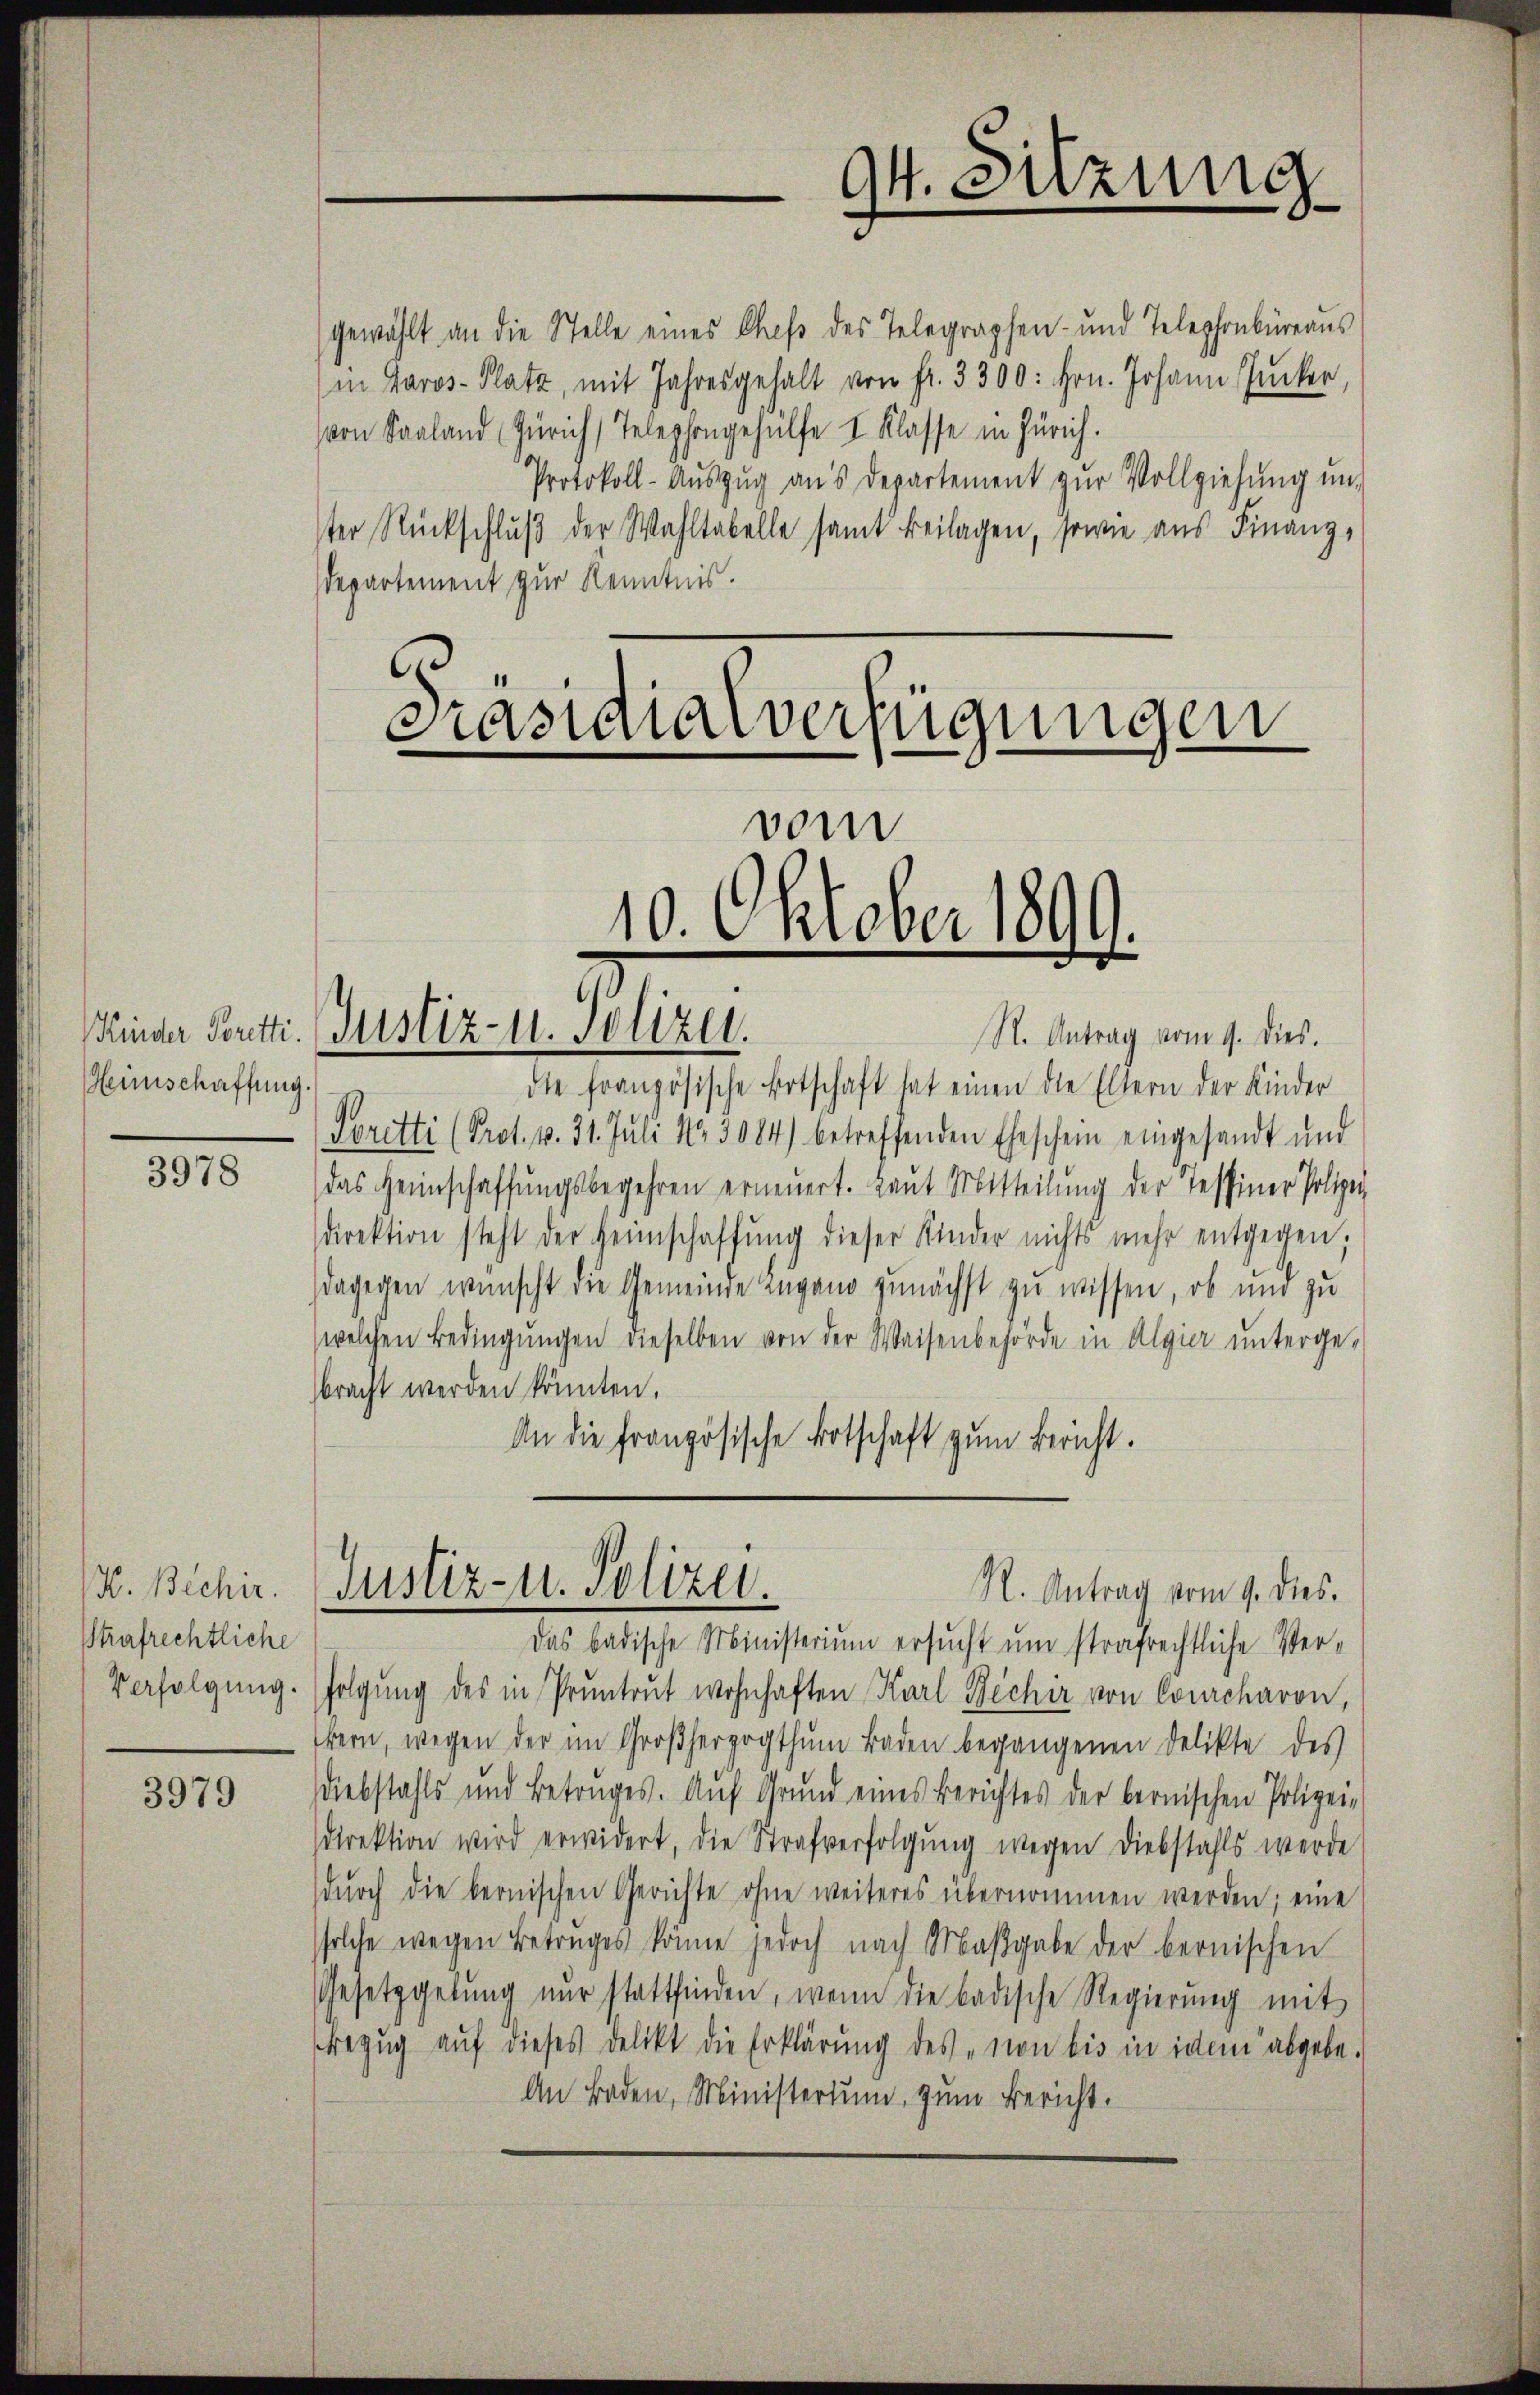
Heinschaffung.

3978

H. Bechir
Strafrechtliche
Verfolgung

3979

departement zur Kenntnis.

Präsidialverfügungen
vom
10. Oktober 1896
e
.
Kinder Portti. Justiz- u. Polizei.
R. Antrag vom 9. dies.

94. Sitzung

gewählt an die Stelle eines Chef des Telegraphen- und Telephonbüreaus
in Paros- Platz, mit Jahresgehalt von fr. 3300: Hrn. Johann Zucker
von Saaland Zürich Telephongehülfe I Klasse in Zürich.
Protokoll-Aŭszŭg ans Departement zŭr Vollziehung un-
ter Rückschluß der Wahltabelle samt Beilagen, sowie aus Finanz¬

die französische Botschaft hat einen die Eltern der Kinder
Seretti (Prot. v. 31. Jŭli Nr. 3084) betreffenden Eheschein eingesandt und
das Heimschaffungsbegehren erneuert. Laut Mitteilung der Tessiner Polizei
direktion steht der Heimschaffŭng dieser Kinder nichts mehr entgegen;
dagegen wünscht die Gemeinde Lugano zunächst zu wissen, ob und zu
welchen Bedingŭngen dieselben von der Waisenbehörde in Algier unterge-
bracht werden könnten.
An die französische Botschaft zum Bericht.

Justiz- u. Polizei.
R. Antrag vom 9. dies.

Das badische Ministerium ersucht um strafrechtliche Verfolgŭng des in Pruntrut wohnhaften Karl Bechir von Courcharon,
bern, wegen der im Großherzogthum Baden begangenen Delikte des
Diebstahls und Betruges. Aŭf Grŭnd eines Berichtes der bernischen Polizei-
direktion wird erwidert, die Strafverfolgŭng wegen Diebstahls werde
dŭrch die bernischen Gerichte ohne weiteres übernommen werden; eine
solche wegen Betruges könne jedoch nach Maßgabe der bernischen
Gesetzgebung nur stattfinden, wenn die badische Regierung mit
Bezŭg aŭf dieses Delikt die Erklärung des „von bis in idem abgebe.
An Baden, Ministerium, zum Bericht.